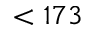
< 1 7 3